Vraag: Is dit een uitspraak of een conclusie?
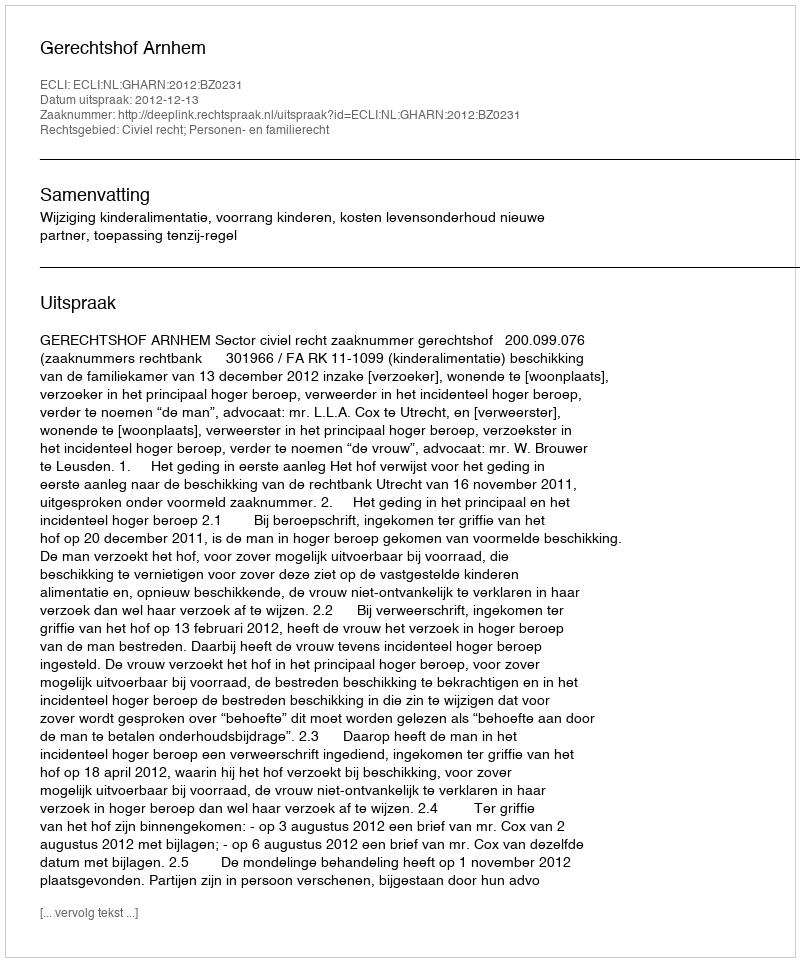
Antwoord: Uitspraak